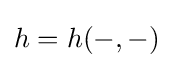
h=h(-,-)